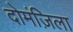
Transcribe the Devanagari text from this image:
दोमंज़िला